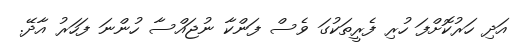
އަދި ހަރުކޮށްފަ ހުރި ފެރީތަކުގަ ވެސް ފަންކާ ނުޖައްސާ ހުންނަ ފަހަރު އާދޭ.